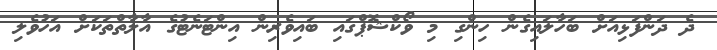
ދެ ދަންފަޅިއަށް ބަހާލައިގެން ހިންގި މި ވޯކްޝޮޕްގައި ބައިވެރިން އިންޓަނެޓުގެ އާލާތްތަކަށް އަހުވެލި